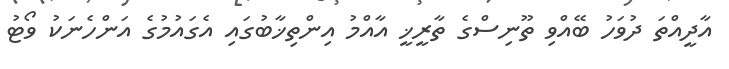
އާދީއްތަ ދުވަހު ބޭއްވި ތޫނިސްގެ ތާރީޚީ އާއްމު އިންތިޚާބުގައި އެގައުމުގެ އަންހެނަކު ވޯޓު